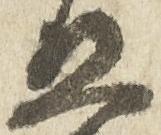
五